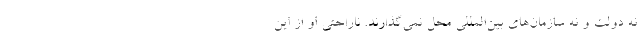
نه دولت و نه سازمان‌هاي بين‌المللي محل نمي‌گذارند. ناراحتي او از اين